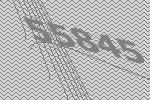
55845